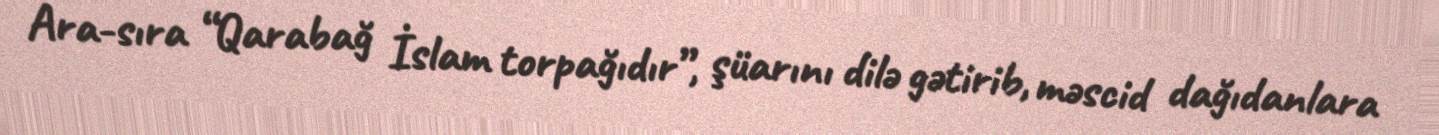
Ara-sıra “Qarabağ İslam torpağıdır”, şüarını dilə gətirib, məscid dağıdanlara